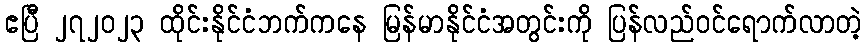
ဧပြီ ၂၇၂၀၂၃ ထိုင်းနိုင်ငံဘက်ကနေ မြန်မာနိုင်ငံအတွင်းကို ပြန်လည်ဝင်ရောက်လာတဲ့